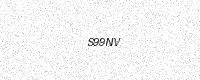
Text: S99NV